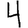
Digit: 4